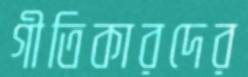
গীতিকারদের